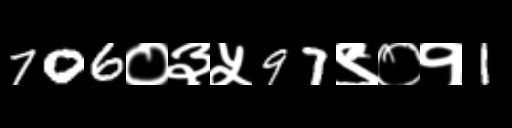
Text: 706०३५97९०१1